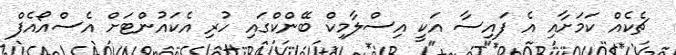
ޗެކެއް ކަމަށާއި އެ ފައިސާ އަކީ އިސްލާމިކް ބޭންކްގައި ހުރި އެކައުންޓަށް އެސްއޯއެފް